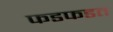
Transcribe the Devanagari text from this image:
फडफडत